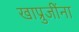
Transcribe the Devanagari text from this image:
खाप्रुजींना